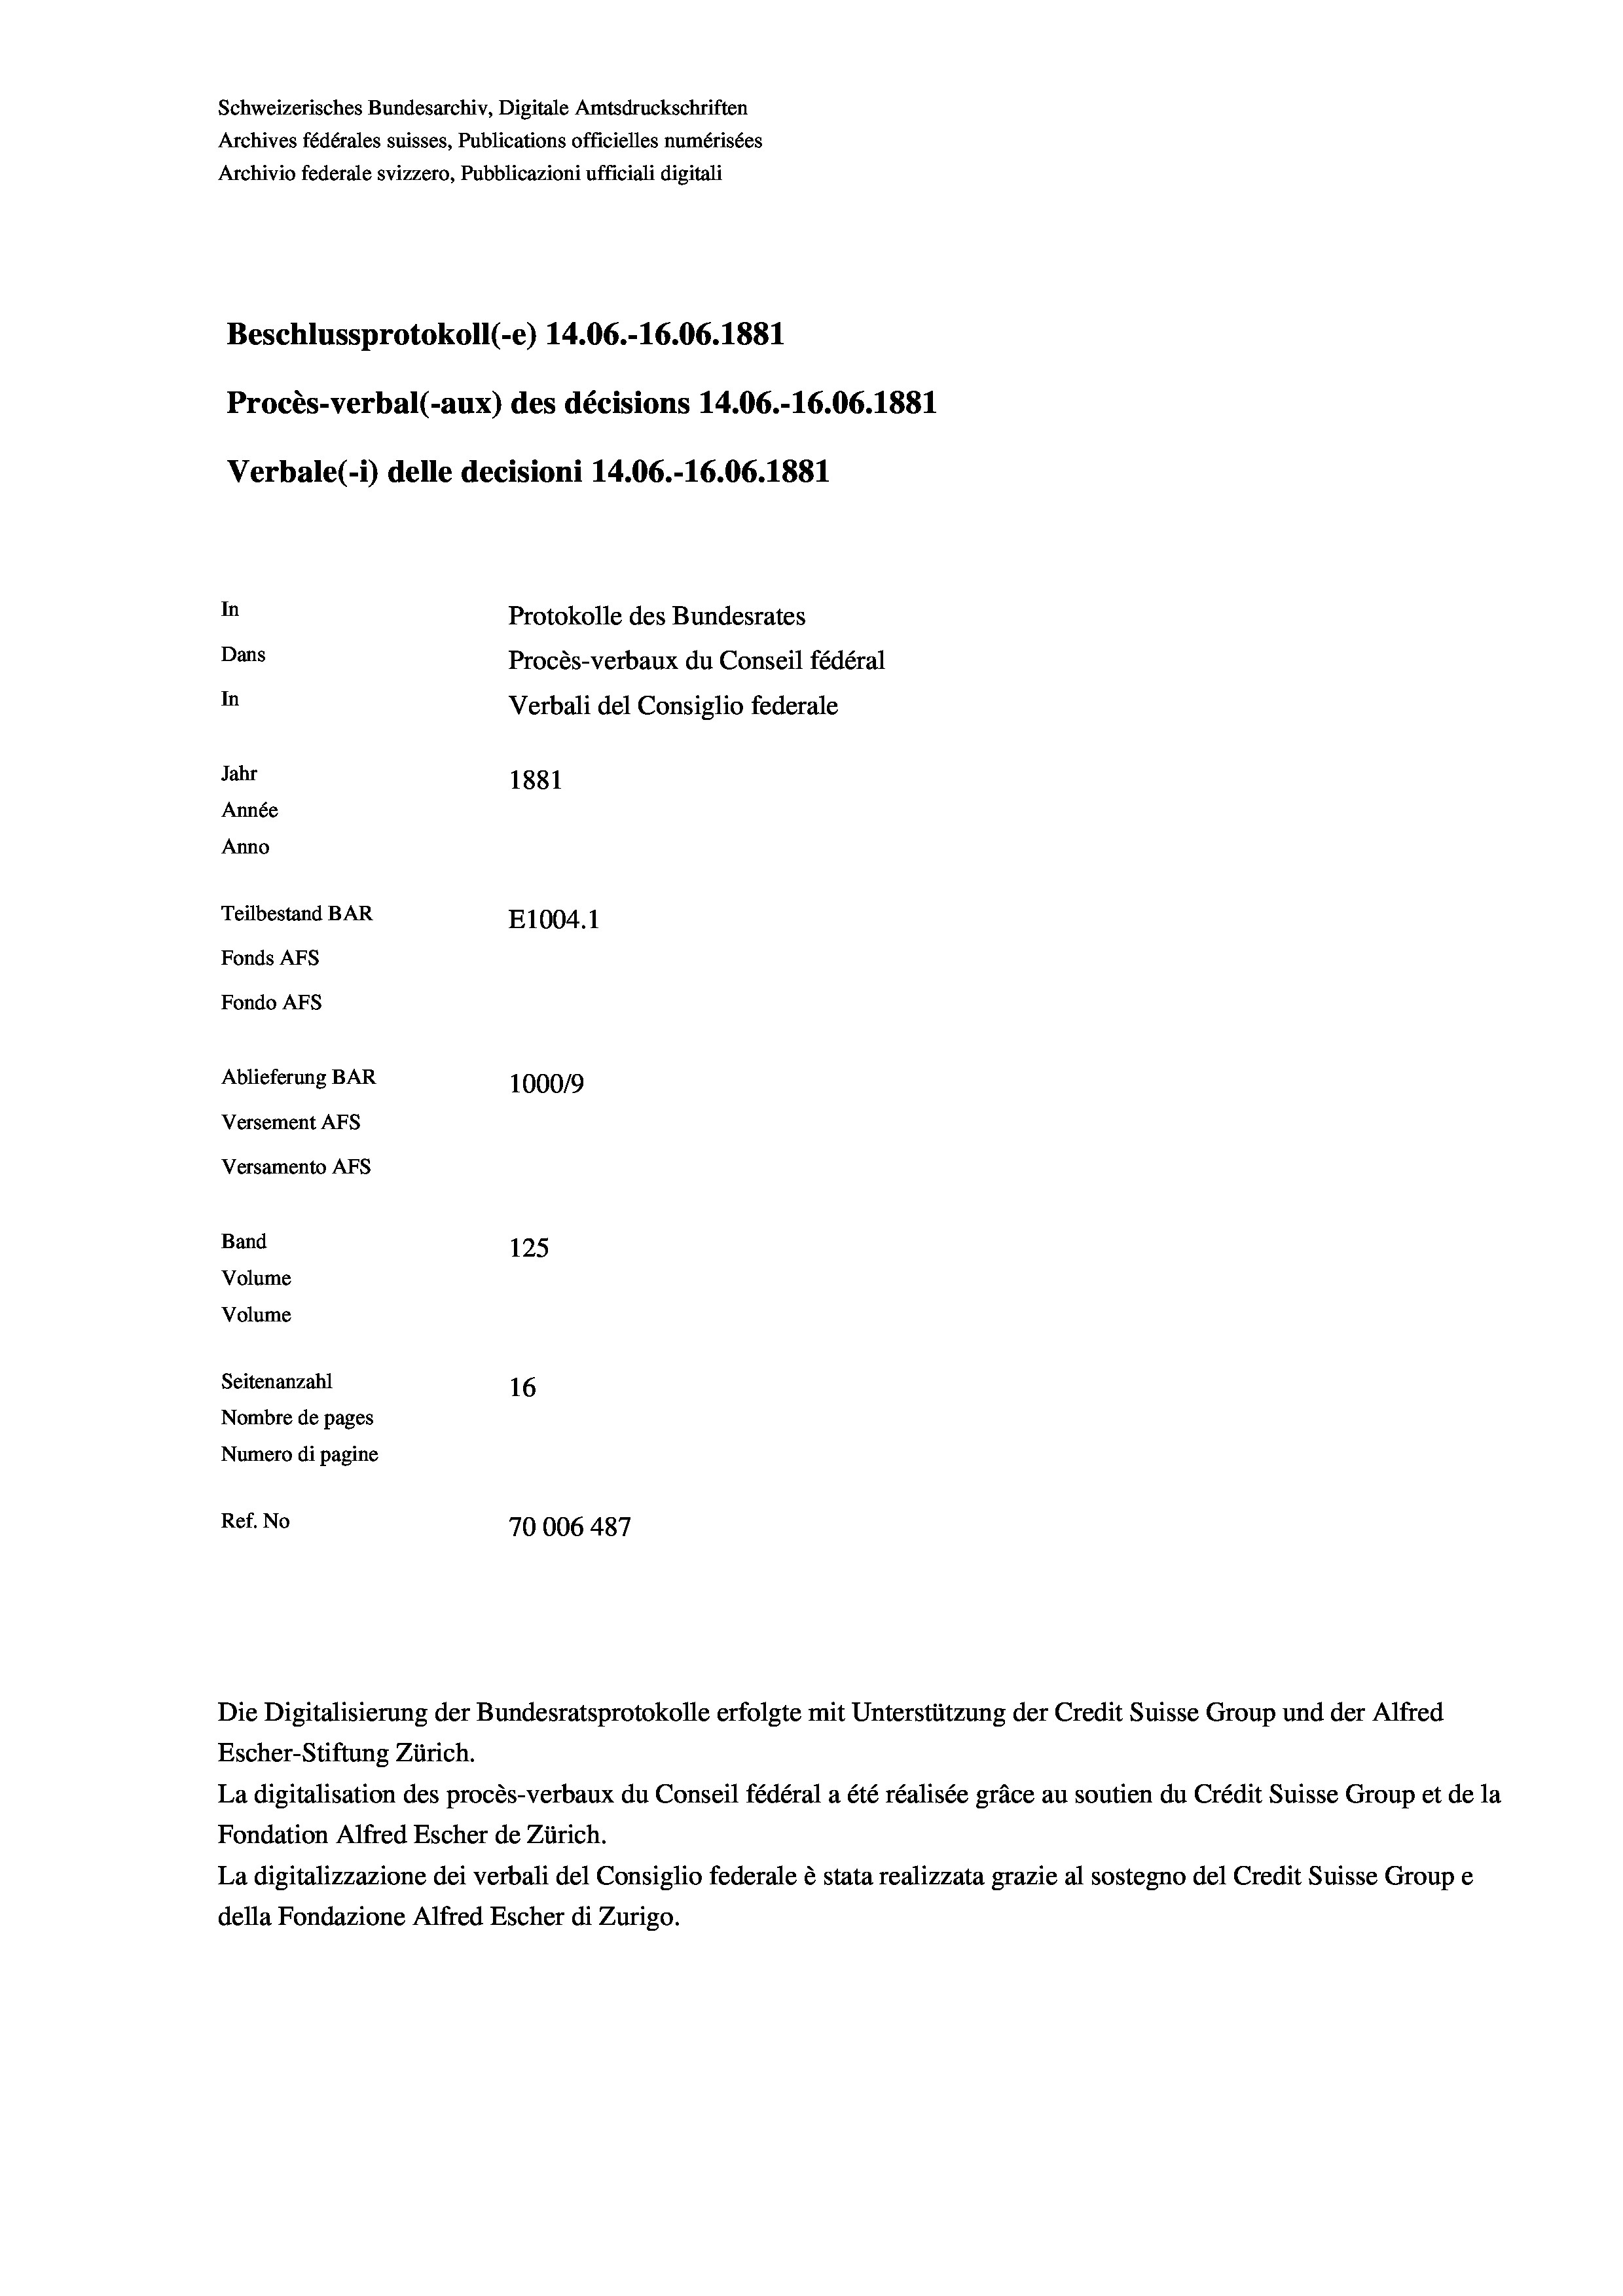
Schweizerisches Bundesarchiv, Digitale Amtsdruckschriften
Archives fédérales suisses, Publications officielles numérisées
Archivio federale svizzero, Pubblicazioni ufficiali digitali
Beschlussprotokoll (-e) 14.06.-16.06. 1881
Procès-verbal (-aux) des décisions 14.06.-16.06. 1881
Verbale (- 1) delle decisioni 14.06.-16.06. 1881
In
Protokolle des Bundesrates
Dans
Procès-verbaux du Conseil fédéral
In
Verbali del Consiglio federale
Jahr
1881
Année
Anno
Teilbestand BAR
E1004.1
Fonds AFs
Fondo Afs
Ablieferung BAR
10009
Versement Ans
Versamento AFs
Band
125
Volume
Volume
Seitenanzahl
16
Nombre de pages
Numero di pagine
Ref. No
70006 487

Die Digitalisierung der Bundesratsprotokolle erfolgte mit Unterstützung der Credit Suisse Group und der Alfred
Escher-Stiftung Zürich.
La digitalisation des procès-verbaux du Conseil fédéral a été réalisée gräce au soutien du Crédit Suisse Group et de la
Fondation Alfred Escher de Zürich.
La digitalizzazione dei verbali del Consiglio federale è stata realizzata grazie al sostegno del Credit Suisse Groupe
della Fondazione Alfred Escher di Zurigo.